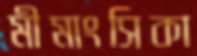
মীমাংসিকা